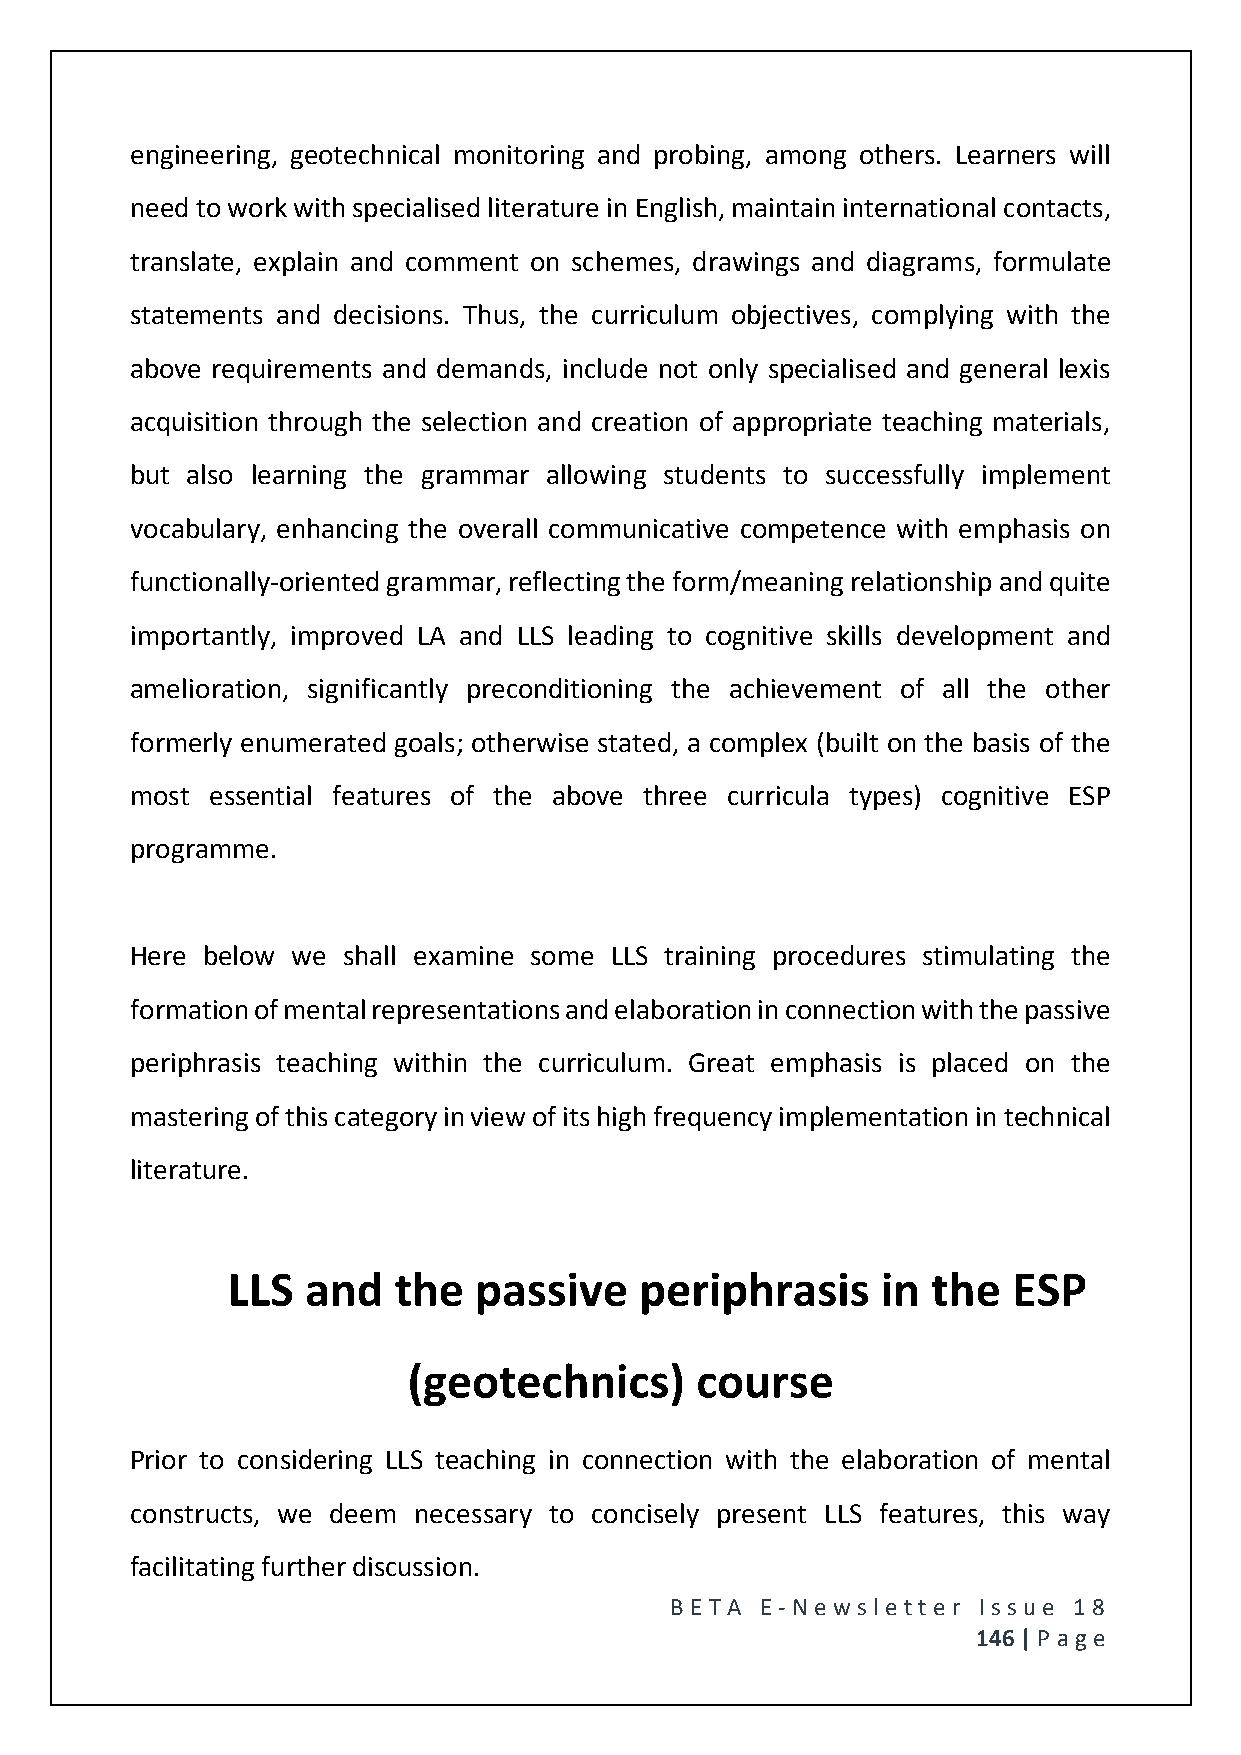
engineering, geotechnical monitoring and probing, among others. Learners will
 need to work with specialised literature in English, maintain international contacts,
 translate, explain and comment on schemes, drawings and diagrams, formulate
 statements and decisions. Thus, the curriculum objectives, complying with the
 above requirements and demands, include not only specialised and general lexis
 acquisition through the selection and creation of appropriate teaching materials,
 but also learning the grammar allowing students to successfully implement
 vocabulary, enhancing the overall communicative competence with emphasis on
 functionally-oriented grammar, reflecting the form/meaning relationship and quite
 importantly, improved LA and LLS leading to cognitive skills development and
 amelioration, significantly preconditioning the achievement of all the other
 formerly enumerated goals; otherwise stated, a complex (built on the basis of the
 most essential features of the above three curricula types) cognitive ESP
 programme.
 Here below we shall examine some LLS training procedures stimulating the
 formation of mental representations and elaboration in connection with the passive
 periphrasis teaching within the curriculum. Great emphasis is placed on the
 mastering of this category in view of its high frequency implementation in technical
 literature.
 LLS  and   the  passive    periphrasis     in  the  ESP
 (geotechnics)      course
 Prior to considering LLS teaching in connection with the elaboration of mental
 constructs, we deem necessary to concisely present LLS features, this way
 facilitating further discussion.
 BE T A E -N e wsle tt e r Issue 18
 146 | P age